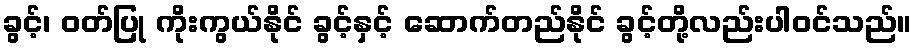
ခွင့်၊ ဝတ်ပြု ကိုးကွယ်နိုင် ခွင့်နှင့် ဆောက်တည်နိုင် ခွင့်တို့လည်းပါဝင်သည်။